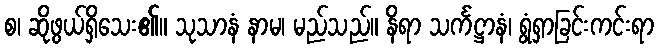
စ၊ ဆိုဖွယ်ရှိသေး၏။ သုသာနံ နာမ၊ မည်သည်။ နိရာ သင်္ကဋ္ဌာနံ၊ ရွံရှာခြင်းကင်းရာ